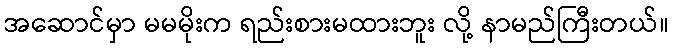
အဆောင်မှာ မမမိုးက ရည်းစားမထားဘူး လို့ နာမည်ကြီးတယ်။